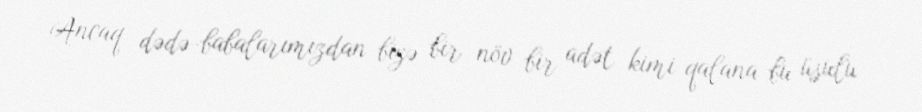
Ancaq dədə-babalarımızdan bizə bir növ bir adət kimi qalana bu üsulu